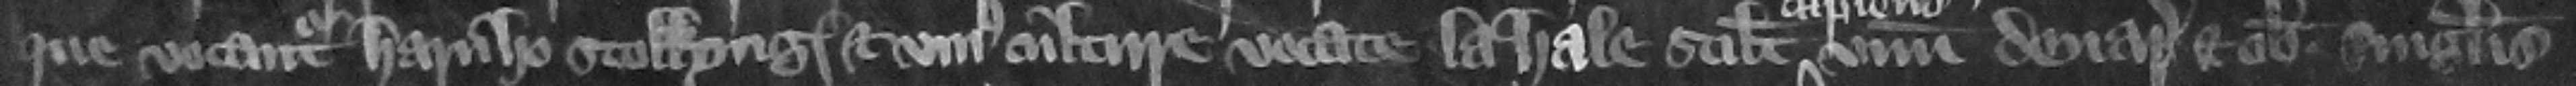
que vocantur Harnho Stokkyng et vnius culture vocate la Hale scilicet vnum denarium et obolum singulis